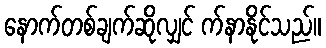
နောက်တစ်ချက်ဆိုလျှင် က်နာနိုင်သည်။